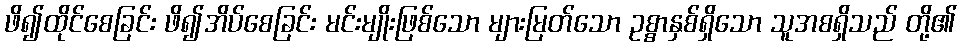
ဖိ၍ထိုင်စေခြင်း ဖိ၍အိပ်စေခြင်း မင်းမျိုးဖြစ်သော များမြတ်သော ဥစ္စာနှစ်ရှိသော သူအစရှိသည် တို့၏